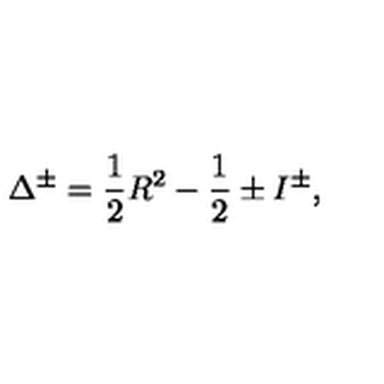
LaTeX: \Delta ^ { \pm } = \frac { 1 } { 2 } R ^ { 2 } - \frac { 1 } { 2 } \pm I ^ { \pm } ,